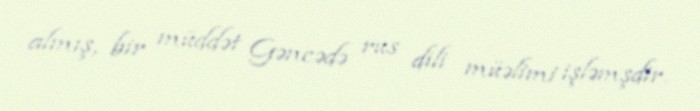
almış, bir müddət Gəncədə rus dili müəlimi işləmşdir.